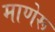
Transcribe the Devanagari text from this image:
माणेरू